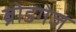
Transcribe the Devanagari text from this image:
ब्रोडगेज